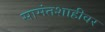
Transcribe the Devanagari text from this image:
सामंतशाहीवर